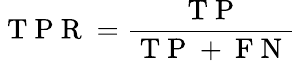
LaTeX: \mathrm{~T~P~R~}=\frac{\mathrm{~T~P~}}{\mathrm{~T~P~}+\mathrm{~F~N~}}